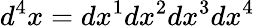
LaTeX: d^{4}x=dx^{1}dx^{2}dx^{3}dx^{4}